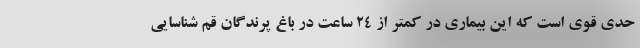
حدی قوی است که این بیماری در کمتر از 24 ساعت در باغ پرندگان قم شناسایی